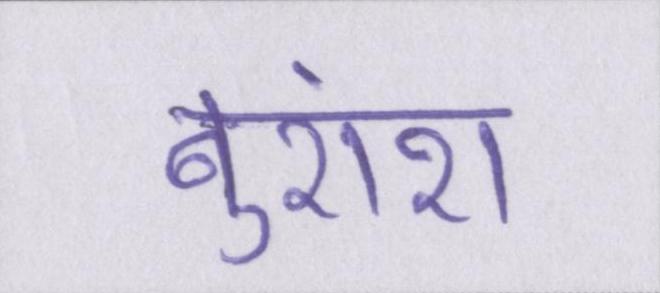
बुरांश